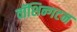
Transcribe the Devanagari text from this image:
वॉशिन्गटन